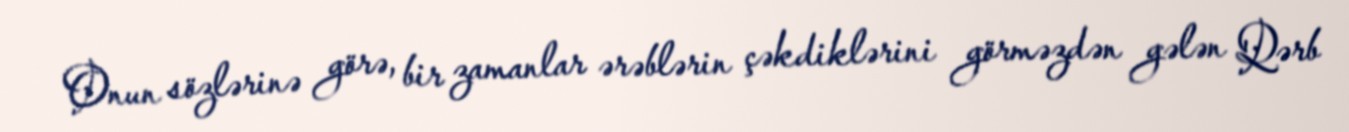
Onun sözlərinə görə, bir zamanlar ərəblərin çəkdiklərini görməzdən gələn Qərb